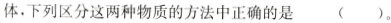
体，下列区分这两种物质的方法中正确的是（）。